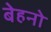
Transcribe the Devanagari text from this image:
बेहनो